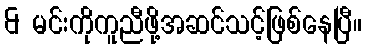
& မင်းကိုကူညီဖို့အဆင်သင့်ဖြစ်နေပြီ။